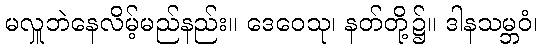
မလှူဘဲနေလိမ့်မည်နည်း။ ဒေဝေသု၊ နတ်တို့၌။ ဒါနသမ္ဘဝံ၊